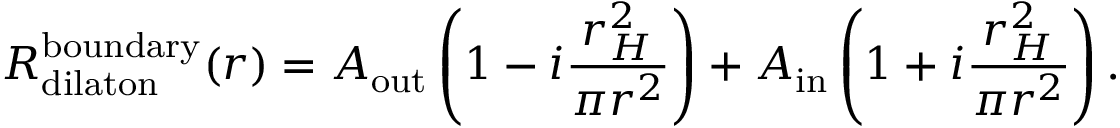
R _ { \mathrm { d i l a t o n } } ^ { \mathrm { b o u n d a r y } } ( r ) = A _ { \mathrm { o u t } } \left( 1 - i \frac { r _ { H } ^ { 2 } } { \pi r ^ { 2 } } \right) + A _ { \mathrm { i n } } \left( 1 + i \frac { r _ { H } ^ { 2 } } { \pi r ^ { 2 } } \right) .